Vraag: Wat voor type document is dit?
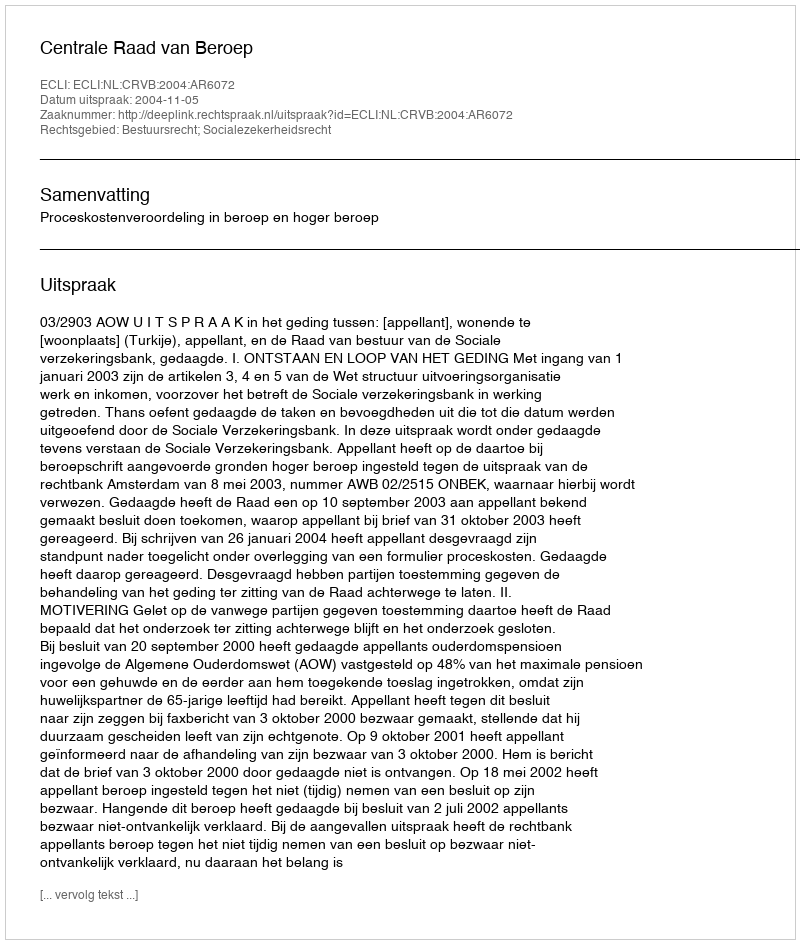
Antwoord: Uitspraak